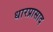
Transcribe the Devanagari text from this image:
धारप्रासाद